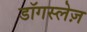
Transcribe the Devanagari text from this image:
डॉगस्लेज़